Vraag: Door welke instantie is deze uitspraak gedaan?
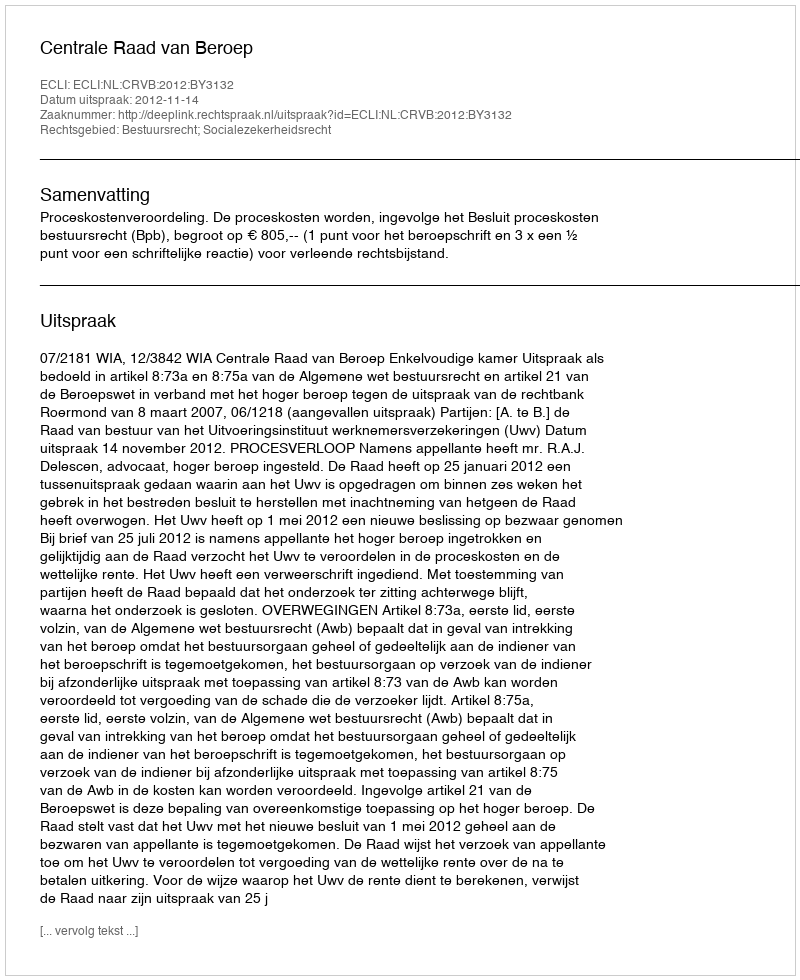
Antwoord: Centrale Raad van Beroep